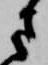
さ